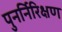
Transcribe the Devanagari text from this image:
पुनर्निरिक्षण